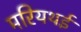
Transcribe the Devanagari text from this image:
मरियथई